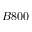
B 8 0 0